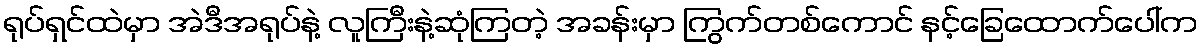
ရုပ်ရှင်ထဲမှာ အဲဒီအရုပ်နဲ့ လူကြီးနဲ့ဆုံကြတဲ့ အခန်းမှာ ကြွက်တစ်ကောင် နင့်ခြေထောက်ပေါ်က